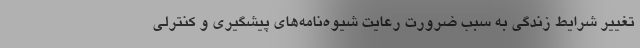
تغییر شرایط زندگی به سبب ضرورت رعایت شیوه‌نامه‌های پیشگیری و کنترلی